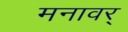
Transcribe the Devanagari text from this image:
मनावर्